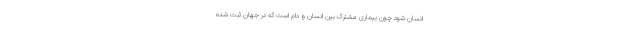
انسان شود چون بیماری مشترک بین انسان و دام است که در جهان ثبت شده